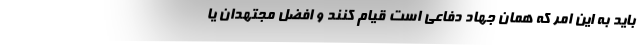
باید به این امر که همان جهاد دفاعی است قیام کنند و افضل مجتهدان یا